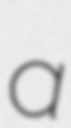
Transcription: a